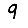
Digit: 9